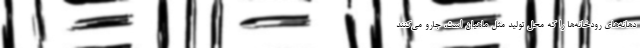
دهانه‌های رودخانه‌ها را که محل تولید مثل ماهیان است، جارو می‌کنند